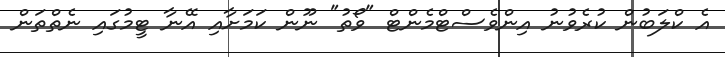
އެ ކްލަބުން ކުރެވުނު އިންވެސްޓްމެންޓް "ވޯތު" ނޫން ކަމަށާއި އޭނާ ޓީމުގައި ނެތްތަން